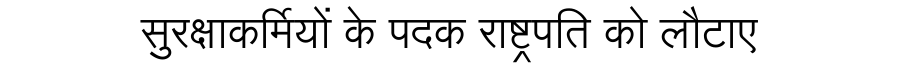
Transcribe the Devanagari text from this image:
सुरक्षाकर्मियों के पदक राष्ट्रपति को लौटाए